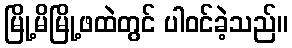
မြို့မိမြို့ဖထဲတွင် ပါဝင်ခဲ့သည်။